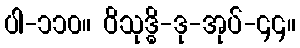
ပါ-၁၁၀။ ဝိသုဒ္ဓိ-ဒု-အုပ်-၄၄။